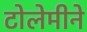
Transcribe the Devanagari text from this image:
टोलेमीने